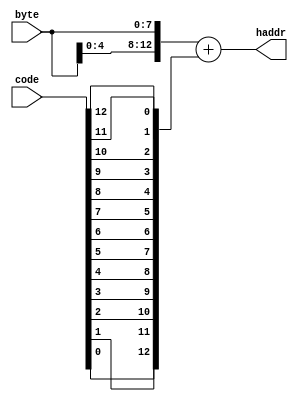
// -----------------------------------------------------------------------------
//  Title      : Verilog SLZW utility modules library
//  Project    : vslzw
// -----------------------------------------------------------------------------
//  Standard   : Verilog 2001
// -----------------------------------------------------------------------------
//  Description:
//  This file contains the base utility modules for the SLZW codec
// -----------------------------------------------------------------------------
//  Copyright (c) 2022 Simon Southwell
// -----------------------------------------------------------------------------
//
//  This is free software: you can redistribute it and/or modify
//  it under the terms of the GNU General Public License as published by
//  the Free Software Foundation, either version 3 of the License, or
//  (at your option) any later version.
//
//  It is distributed in the hope that it will be useful,
//  but WITHOUT ANY WARRANTY; without even the implied warranty of
//  MERCHANTABILITY or FITNESS FOR A PARTICULAR PURPOSE. See the
//  GNU General Public License for more details.
//
//  You should have received a copy of the GNU General Public License
//  along with this code. If not, see <http://www.gnu.org/licenses/>.
//
// -----------------------------------------------------------------------------

`timescale 1ns / 10ps

// -----------------------------------------------------------------------------
// DEFINITIONS
// -----------------------------------------------------------------------------


`ifndef RESET
//`RESET
`define RESET or negedge reset_n
`endif

// -----------------------------------------------------------------------------
// Hash
// -----------------------------------------------------------------------------

module slzw_hash
(
  input  [12:0] code,
  input   [7:0] byte,

  output [13:0] haddr

 );

wire [13:0] num1 = {1'b0, byte[4:0], byte[7:0]};
wire [13:0] num2 = {1'b0, code[ 0], code[ 1], code[ 2], code[ 3],
                          code[ 4], code[ 5], code[ 6], code[ 7],
                          code[ 8], code[ 9], code[10], code[11],
                          code[12]};

assign haddr      = num1 + num2;

endmodule

// -----------------------------------------------------------------------------
// Occupied flag memory
// -----------------------------------------------------------------------------

module slzw_mem_occupied
#(parameter
   MEMSIZE                     = 10240
)
(
  input             clk,
  input             reset_n,

  input             clr,

  input      [13:0] waddr,
  input      [13:0] raddr,
  input             set,

  output            occupied,
  output            busy
);

localparam  OCCMEMSIZE         = MEMSIZE/32;

reg  [31:0] occmem [0:OCCMEMSIZE-1];
reg         set_last;
reg  [13:0] addr_last;
reg  [31:0] rval;
reg         clr_last;
reg   [8:0] clr_count;

wire        out_of_range       = (waddr > (OCCMEMSIZE[13:0]-14'b1)) ? 1'b1 : 1'b0;

assign      occupied           = rval[waddr[4:0]] | (set_last && (addr_last == waddr)) | out_of_range;
assign      busy               = (clr_count > 9'h000);

always @ (posedge clk `RESET)
begin
  if (reset_n == 1'b0)
  begin
    set_last                   <= 1'b0;
    clr_last                   <= 1'b0;
    clr_count                  <= 9'h000;
  end
  else
  begin
    // Carry some signals over to the next cycle
    clr_last                   <= clr;
    set_last                   <= set;
    addr_last                  <= waddr;

    // If a valid address, read the occupied flag memory
    if (!out_of_range)
    begin
      rval                     <= occmem[raddr[13:5]];
    end

    // If a rising edge on the clear input, or already clearing, reset the memory
    if ((clr && !clr_last && clr_count == 9'h000) || busy)
    begin
      occmem[clr_count]        <= 32'h00000000;
      clr_count                <= clr_count + 9'h001;
      if (clr_count == (OCCMEMSIZE[8:0]-9'd1))
      begin
        clr_count              <= 9'h00;
      end
    end

    // When not clearing, and setting an occupied bit, OR the
    // relevant bit of the value just read with 1.
    else if (set_last && !out_of_range)
    begin
      occmem[addr_last[13:5]]  <= rval | (32'h1 << addr_last[4:0]);
    end
  end
end

endmodule

// -----------------------------------------------------------------------------
// Dictionary memory
// -----------------------------------------------------------------------------

module slzw_dictmem
#(parameter
   MEMSIZE                     = 10240,
   WIDTH                       = 8
)
(
  input                        clk,

  input           [13:0]       waddr,
  input                        write,
  input      [WIDTH-1:0]       wdata,

  input           [13:0]       raddr,
  output reg [WIDTH-1:0]       rdata

);

reg [WIDTH-1:0] mem[0:MEMSIZE];

always @ (posedge clk)
begin
  rdata                        <= mem[raddr];

  if (write)
  begin
    mem[waddr]                 <= wdata;
  end
end

endmodule

// -----------------------------------------------------------------------------
// LIFO
// -----------------------------------------------------------------------------

module slzw_lifo
#(parameter
   DEPTH                       = 128,
   WIDTH                       = 8
)
(
  input                        clk,
  input                        reset_n,

  input                        clr,

  input                        push,
  input      [WIDTH-1:0]       wdata,

  input                        pop,
  output reg [WIDTH-1:0]       rdata,

  output reg                   empty,
  output                       full
);

localparam                     LOG2DEPTH = $clog2(DEPTH);

reg  [WIDTH-1:0]               mem [0:DEPTH-1];
reg  [LOG2DEPTH:0]             ptr;

wire [LOG2DEPTH:0]             ptr_minus1 = ptr - 1;

wire                           pushval    = push && ~full;
wire                           popval     = pop  && ptr != 0;

wire [LOG2DEPTH-1:0]           nextptr    = ptr + ((pushval & ~popval)  ? {{LOG2DEPTH{1'b0}}, 1'b1} :  // + 1
                                                   (popval  & ~pushval) ? {LOG2DEPTH+1{1'b1}}       :  // - 1
                                                                          {LOG2DEPTH+1{1'b0}});        // + 0

assign                         full       = ptr[LOG2DEPTH];

always @(posedge clk `RESET)
begin
  if (reset_n == 1'b0)
  begin
    ptr                        <= {LOG2DEPTH-1{1'b0}};
    empty                      <= 1'b1;
  end
  else
  begin
    rdata                      <= mem[ptr_minus1];
    ptr                        <= nextptr & {LOG2DEPTH{~clr}};
    empty                      <= clr ?                               1'b0 :
                                  (popval  && ~pushval && ptr == 1) ? 1'b1 :
                                                                      empty;
    if (pushval)
    begin
      mem[ptr]                 <= wdata;
      empty                    <= 1'b0;
    end
  end
end

endmodule

// -----------------------------------------------------------------------------
// FIFO
// -----------------------------------------------------------------------------

module slzw_fifo
#(parameter
   DEPTH                       = 8,
   WIDTH                       = 32,
   NEARLYFULL                  = (DEPTH/2)
)
(
  input                        clk,
  input                        reset_n,

  input                        clr,

  input                        write,
  input      [WIDTH-1:0]       wdata,

  input                        read,
  output reg [WIDTH-1:0]       rdata,

  output reg                   empty,
  output reg                   full,
  output reg                   nearly_full
);

localparam                     LOG2DEPTH = $clog2(DEPTH);

reg  [WIDTH-1:0]               mem [0:DEPTH-1];
reg  [LOG2DEPTH:0]             wptr;
reg  [LOG2DEPTH:0]             rptr;

// The number of words in the FIFO is the write pointer minus the read pointer
wire [LOG2DEPTH:0]             word_count = (wptr - rptr);

always @(posedge clk `RESET)
begin
  if (reset_n == 1'b0)
  begin
    wptr                       <= {LOG2DEPTH{1'b0}};
    rptr                       <= {LOG2DEPTH{1'b0}};
    empty                      <= 1'b1;
    full                       <= 1'b0;
    nearly_full                <= 1'b0;
  end
  else
  begin
    // If a write arrives, and not full, write to memory and update write pointer
    if (write && ~full)
    begin
      mem[wptr[LOG2DEPTH-1:0]] <= wdata;
      wptr                     <= wptr + 1;
    end

    // If a read arrives, and not empty, fetch data from memory and update read pointer
    if (read && ~empty)
    begin
      rdata                    <= mem[rptr[LOG2DEPTH-1:0]];
      rptr                     <= rptr + 1;
    end

    // If writing, but not reading, update full status when last space being written.
    // The nearly full flag is asserted when about to reach the threshold, or is greater.
    // A write (without read) always clears the empty flag
    if (write & ~(read & ~empty))
    begin
      full                     <= (word_count == DEPTH-1)      ? 1'b1 : 1'b0;
      nearly_full              <= (word_count >= NEARLYFULL-1) ? 1'b1 : 1'b0;
      empty                    <= 1'b0;
    end

    // If reading (but not writing), update empty status when last data is being read.
    // The nearly full flag is deasserted when about to drop below the threshold, or
    // is smaller. A read (without a write), always clears the full status.
    if (read & ~(write & ~full))
    begin
      empty                    <= (word_count == 1)            ? 1'b1 : 1'b0;
      nearly_full              <= (word_count <= NEARLYFULL)   ? 1'b0 : 1'b1;
      full                     <= 1'b0;
    end
  end
end

endmodule